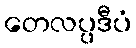
တေလပ္ပဒီပံ